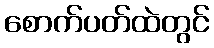
စောက်ပတ်ထဲတွင်